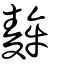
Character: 𪍓